Lunatic asylums Punjab 1881-1894 - 1881-1894
Year: 1881
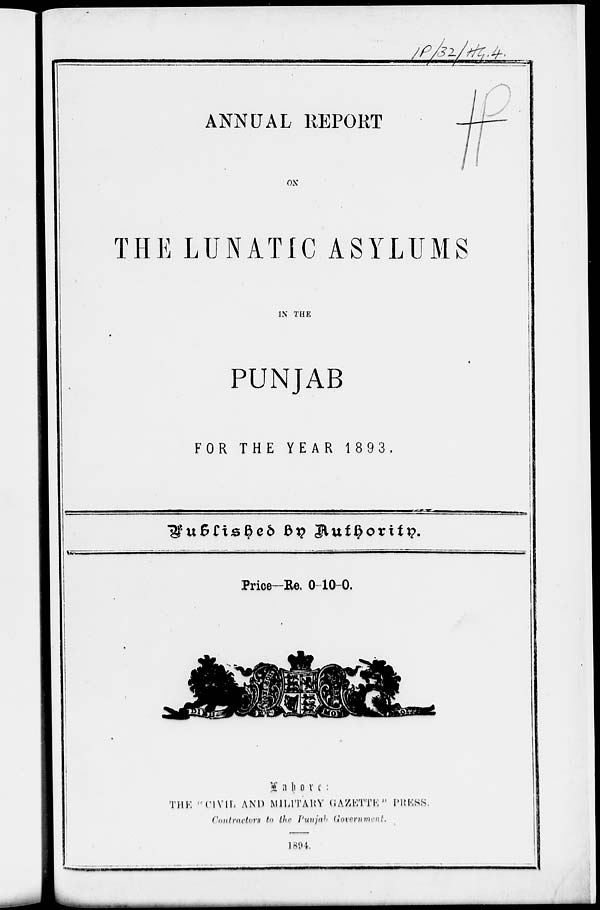
ANNUAL REPORT
ON
THE LUNATIC ASYLUMS
IN THE
PUNJAB
FOR THE YEAR 1893.
Published by Authority.
Price—Re. 0-10-0.
Lahore:
THE "CIVIL AND MILITARY GAZETTE" PRESS
Contractors to the Punjab Government.
1894.